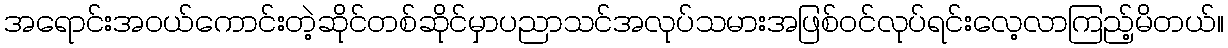
အရောင်းအဝယ်ကောင်းတဲ့ဆိုင်တစ်ဆိုင်မှာပညာသင်အလုပ်သမားအဖြစ်ဝင်လုပ်ရင်းလေ့လာကြည့်မိတယ်။